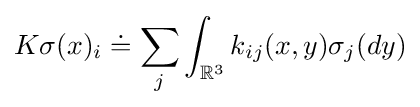
K\sigma (x)_{i}\doteq \sum _{j}\int _{{\mathbb {R} }^{3}}k_{ij}(x,y)\sigma _{j}(dy)